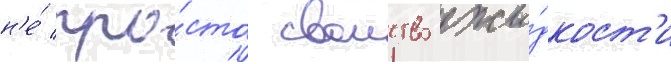
н'е́ про́сто своиство жи́дкост'и